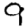
Digit: 9